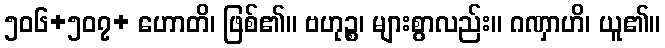
၅၀၆+၅၀၇+ ဟောတိ၊ ဖြစ်၏။ ဗဟုဉ္စ၊ များစွာလည်း။ ဂဏှာဟိ၊ ယူ၏။